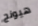
هيونج